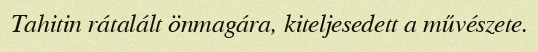
Tahitin rátalált önmagára, kiteljesedett a művészete.